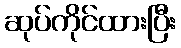
ဆုပ်ကိုင်ထားပြီး